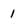
Character: 1